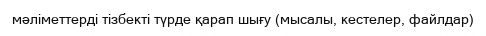
мәліметтерді тізбекті түрде қарап шығу (мысалы, кестелер, файлдар)